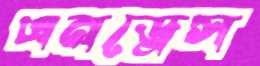
এনড্রেস